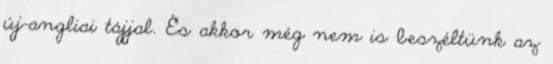
új-angliai tájjal. És akkor még nem is beszéltünk az